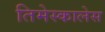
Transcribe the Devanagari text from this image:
तिमेस्कालेस